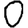
Digit: 0